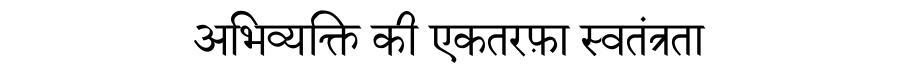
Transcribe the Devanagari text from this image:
अभिव्यक्ति की एकतरफ़ा स्वतंत्रता